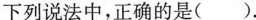
下列说法中，正确的是（）。